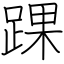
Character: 踝